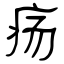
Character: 疡